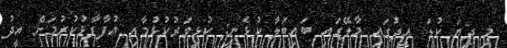
މި ދިޔަ ކުޑަ އީދުގައި މާލޭގައި ބައިބަލާ ކުޅެނީ: ކުޅިވަރުކުޅުމާއި އުފާފާޅުކުރުމަށް އީދު